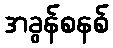
အခွန်စနစ်